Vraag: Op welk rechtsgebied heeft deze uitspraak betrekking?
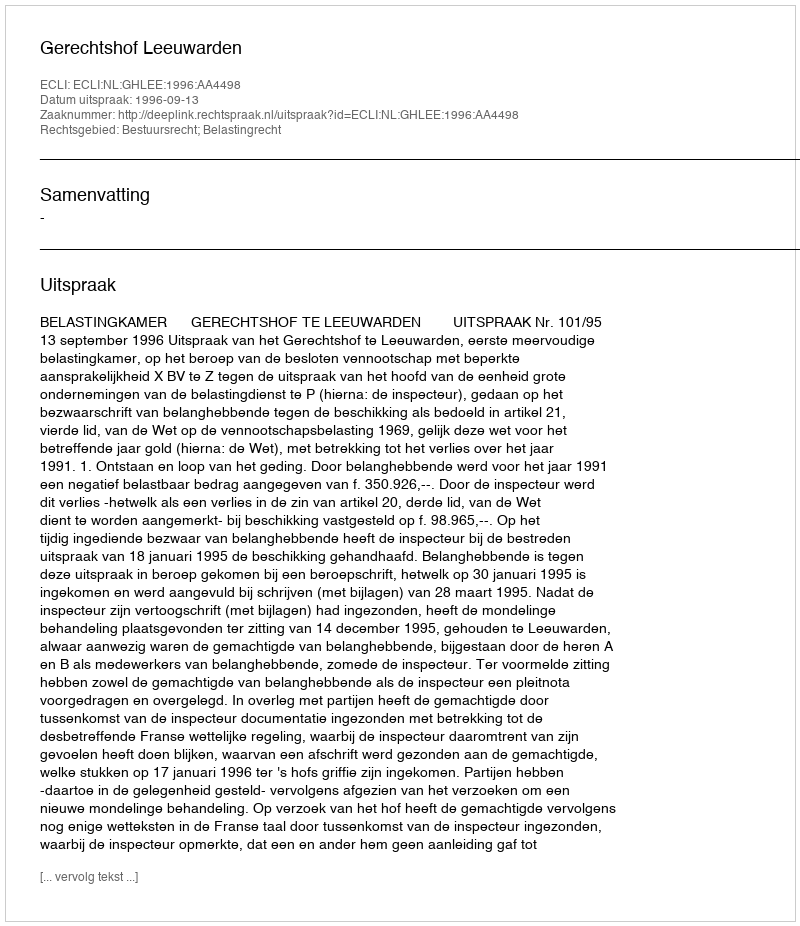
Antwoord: Bestuursrecht; Belastingrecht